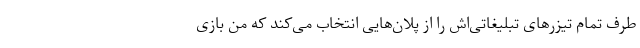
طرف تمام تیزرهای تبلیغاتی‌اش را از پلان‌هایی انتخاب می‌کند که من بازی